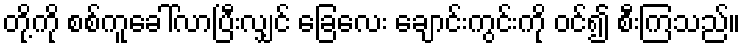
တို့ကို စစ်ကူခေါ်လာပြီးလျှင် ခြေလေး ချောင်းကွင်းကို ဝင်၍ စီးကြသည်။